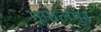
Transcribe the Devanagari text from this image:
भूपालपुर